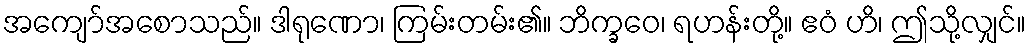
အကျော်အစောသည်။ ဒါရုဏော၊ ကြမ်းတမ်း၏။ ဘိက္ခဝေ၊ ရဟန်းတို့။ ဧဝံ ဟိ၊ ဤသို့လျှင်။